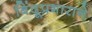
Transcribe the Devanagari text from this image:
बिंदूप्रभाराने